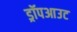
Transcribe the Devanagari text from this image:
ड्रॉपआउट